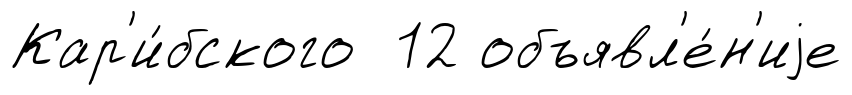
Кар'и́бского 12 объявл'е́н'иjе